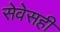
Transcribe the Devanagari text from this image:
सेवेसही